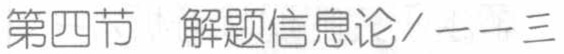
第四节 解题信息论/一一三